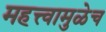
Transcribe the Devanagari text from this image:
महत्त्वामुळेच